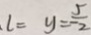
l = y = - \frac { 5 } { 2 }